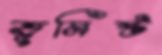
ভূমিষ্ট